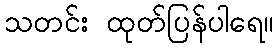
သတင်း ထုတ်ပြန်ပါရေ။